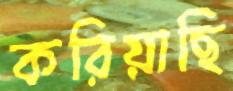
করিয়াছি